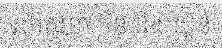
សាសនា ចិន និង យួន